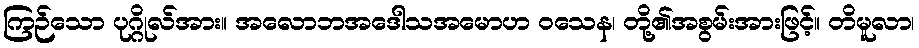
ကြဉ်သော ပုဂ္ဂိုလ်အား။ အလောဘအဒေါသအမောဟ ဝသေန၊ တို့၏အစွမ်းအားဖြင့်။ တိမူလာ၊